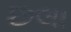
છલા